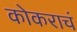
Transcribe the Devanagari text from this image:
कोकराचं